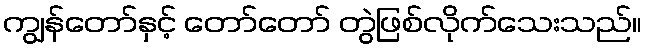
ကျွန်တော်နှင့် တော်တော် တွဲဖြစ်လိုက်သေးသည်။